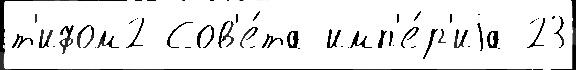
т'ифом2 Сов'е́та имп'е́р'иjа 23